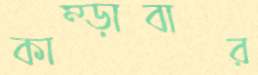
কাম্‌ড়াবার